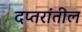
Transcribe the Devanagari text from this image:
दप्तरांतील